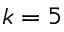
k = 5